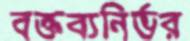
বক্তব্যনির্ভর